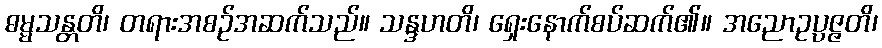
ဓမ္မသန္တတိ၊ တရားအစဉ်အဆက်သည်။ သန္ဒဟတိ၊ ရှေးနောက်စပ်ဆက်၏။ အညောဥပ္ပဇ္ဇတိ၊